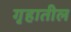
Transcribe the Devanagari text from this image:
गृहातील